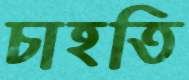
চাহতি